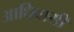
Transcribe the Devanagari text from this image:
आधिवासी